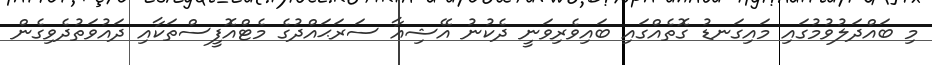
މި ބައްދަލުވުމުގައި މައިގަނޑު ގޮތެއްގައި ބައިވެރިވަނީ ދެކުނު އޭޝިއާ ސަރަޙައްދުގެ މެޓްއޮފީސްތަކާއި ދައުވަތުދެވިގެން